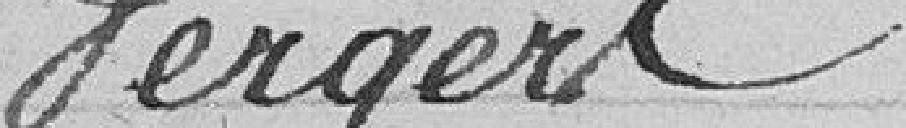
Vergers